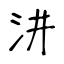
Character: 汫